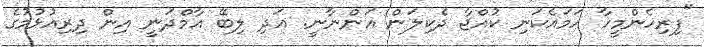
"ފިރިހެންމީހާ ހަމައެކަނި ކުއްޖާ ދެކިލަން އަންނާނީ. އަދި ލިބޭ އާމްދަނީ އިން ދިރިއުޅުމުގެ